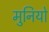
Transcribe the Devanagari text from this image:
मुनियो